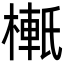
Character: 𬄉